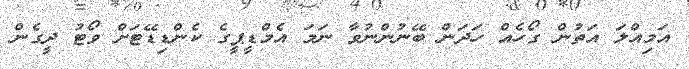
އަމިއްލަ އަތުން ގޯހެއް ހަދަން ބޭނުންނުވާ ނަމަ އެމްޑީޕީގެ ކެންޑިޑޭޓަށް ވޯޓު ދީގެން